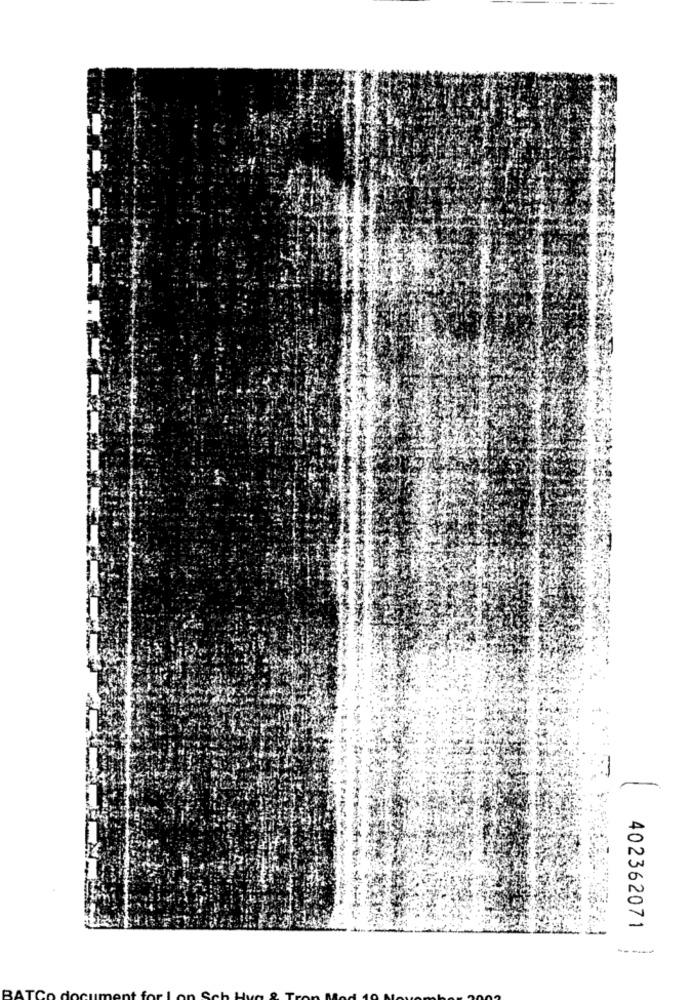
402362071
----